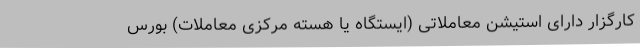
کارگزار دارای استیشن معاملاتی (ایستگاه یا هسته مرکزی معاملات) بورس